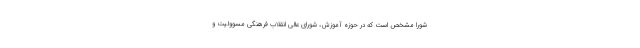
شورا مشخص است که در حوزه آموزش، شورای عالی انقلاب فرهنگی مسوولیت و